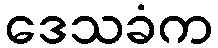
ဒေသခံက